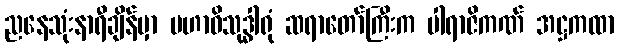
ညနေသုံးနာရီချိန်မှာ မဟာဝိသုဒ္ဓါရုံ ဆရာတော်ကြီးက ပါရာဇိကဏ် အဋ္ဌကထာ